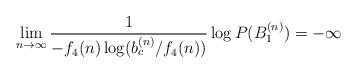
LaTeX: \begin{align*}\lim_{n\to\infty}\frac{1}{-f_4(n)\log(b_c^{(n)}/f_4(n))}\log P(B_1^{(n)})=-\infty\end{align*}